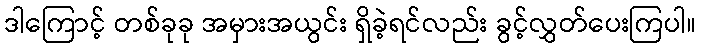
ဒါကြောင့် တစ်ခုခု အမှားအယွင်း ရှိခဲ့ရင်လည်း ခွင့်လွှတ်ပေးကြပါ။